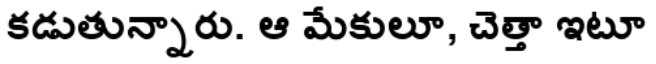
కడుతున్నారు. ఆ మేకులూ, చెత్తా ఇటూ